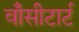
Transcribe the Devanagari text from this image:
वाँसीटार्ट